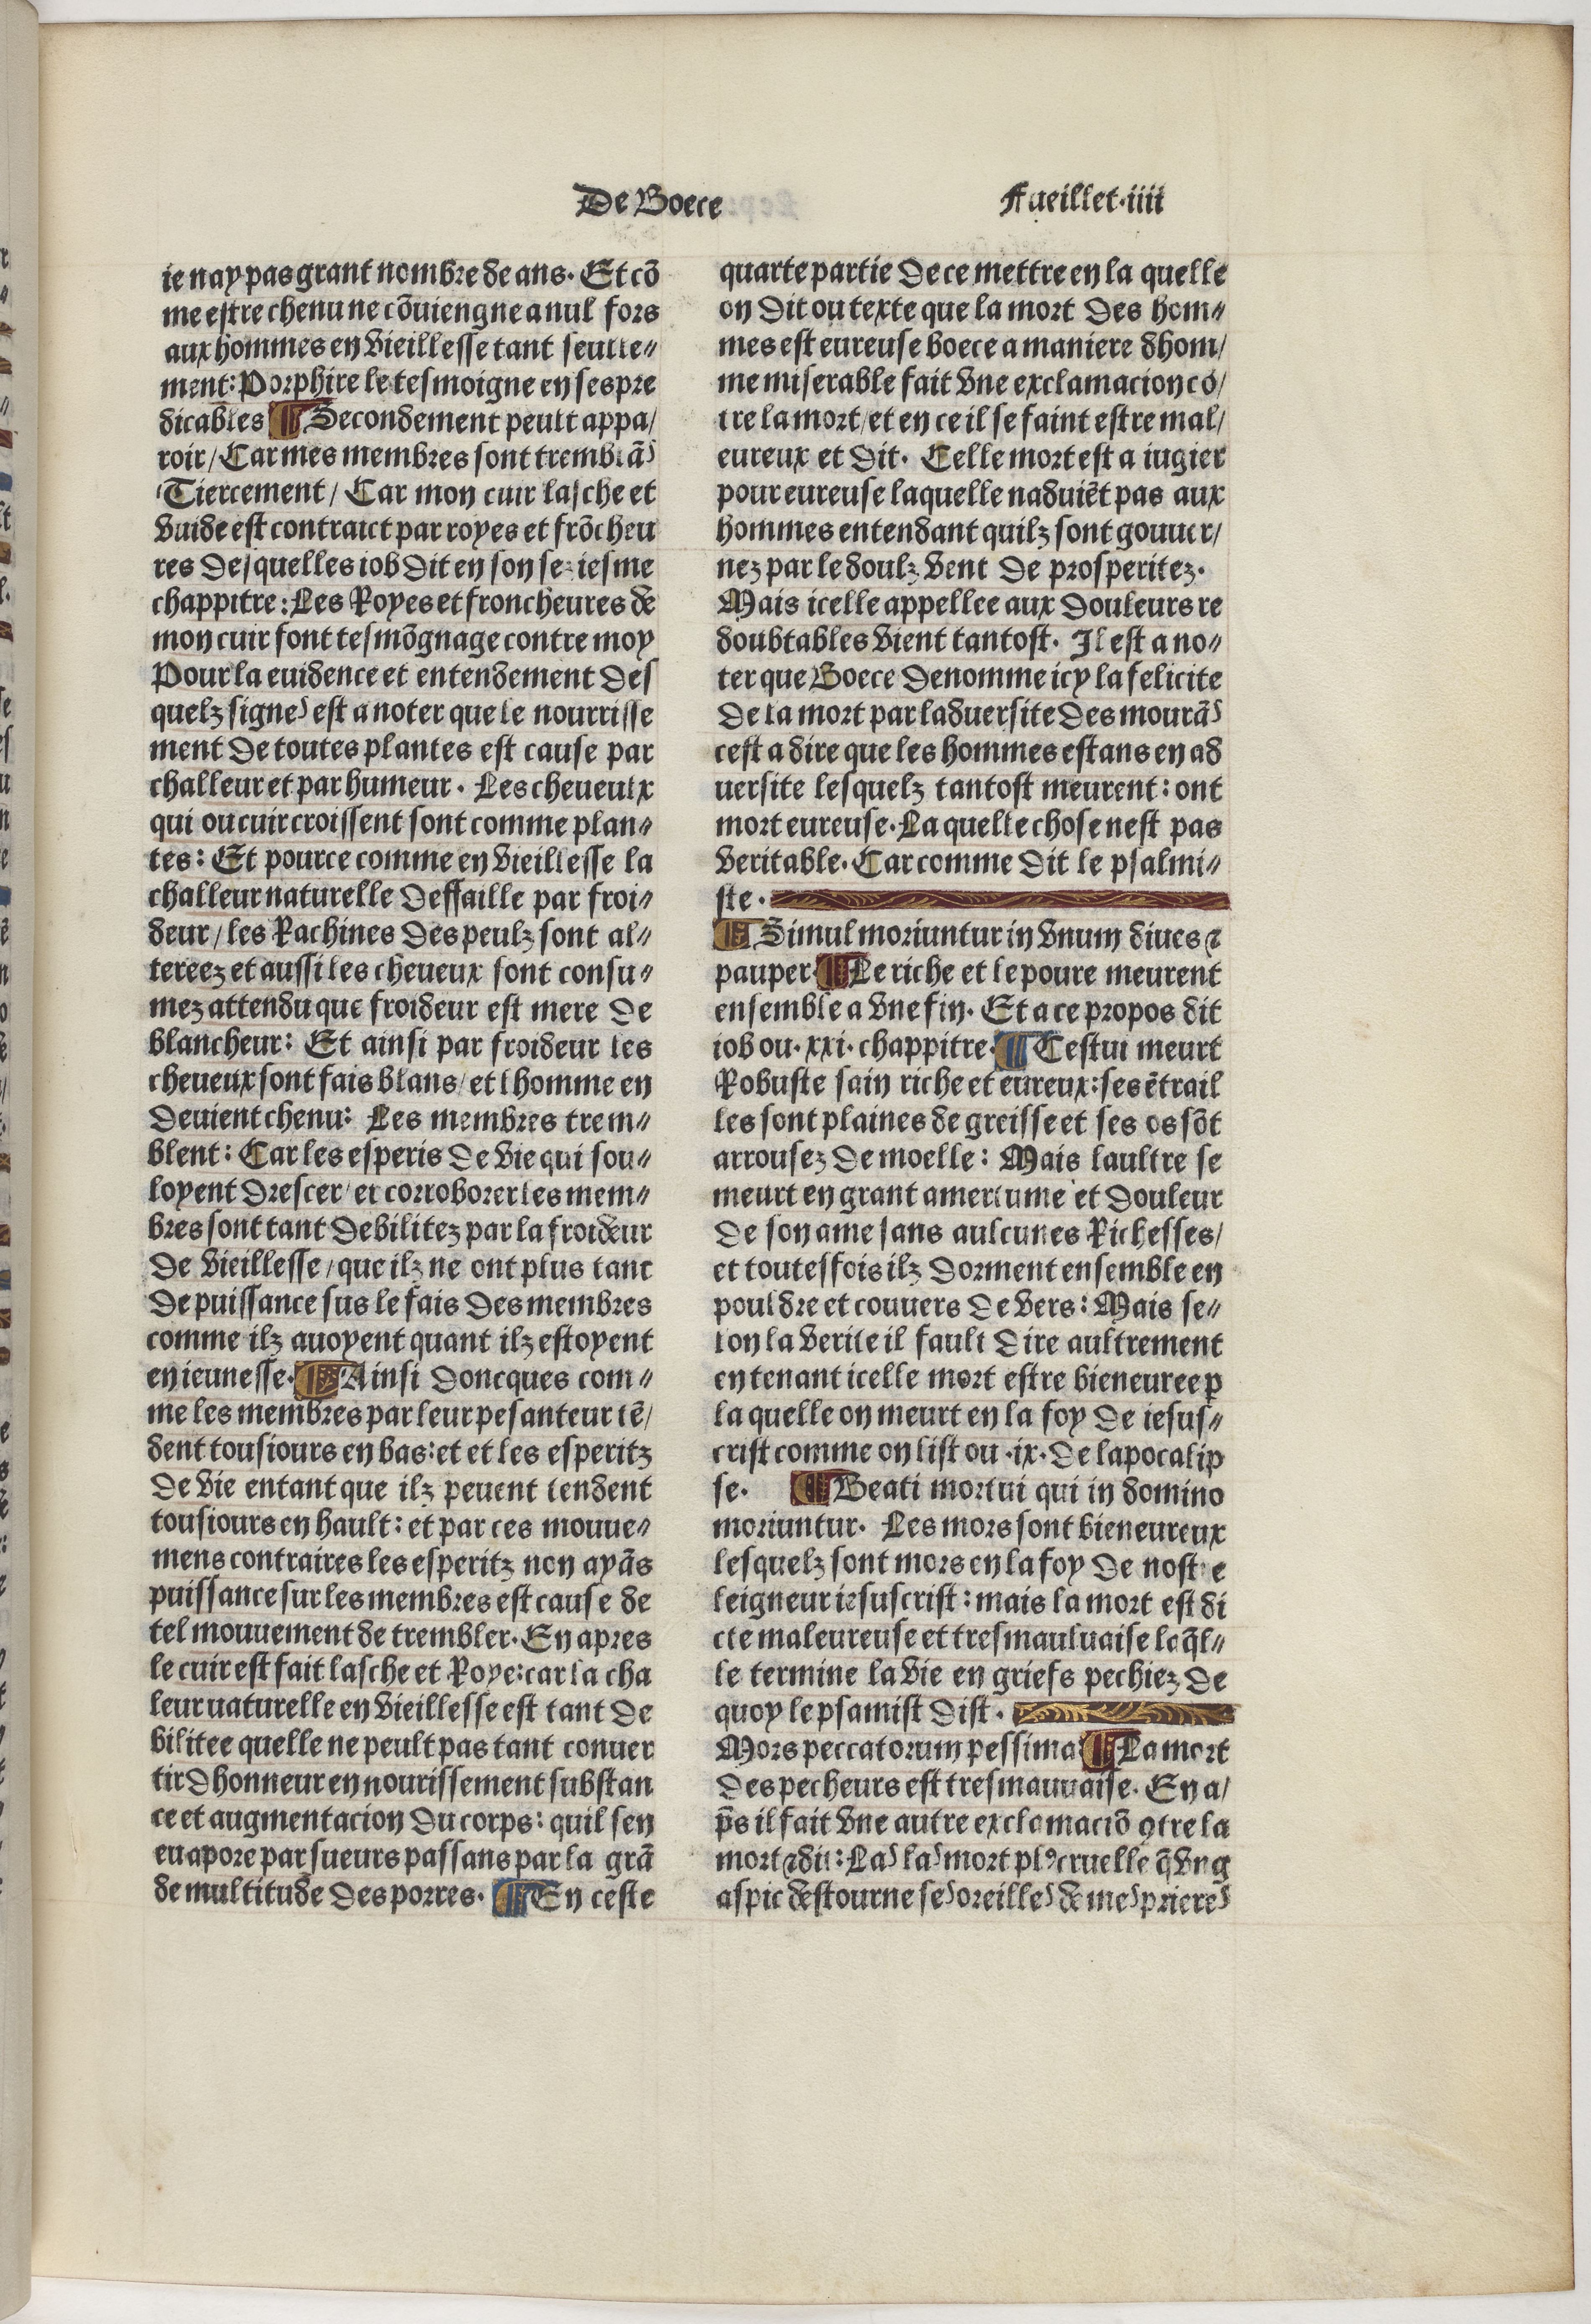
Shelfmark: Paris, BnF, Velins 488
Century: 15